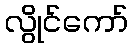
လွိုင်ကော်